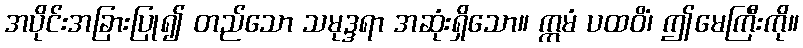
အပိုင်းအခြားပြု၍ တည်သော သမုဒ္ဒရာ အဆုံးရှိသော။ ဣမံ ပထဝိံ၊ ဤမေကြီးကို။